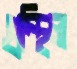
গ্রন্থিল